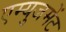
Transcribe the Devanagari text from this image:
एम्‍युजमेंट